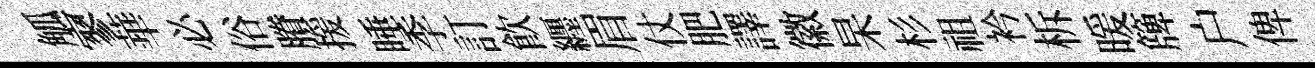
觚寥華必俗賸援睡季訂飮纒眉仗肥譯徽杲杉祖衿柝暖簰户俾